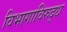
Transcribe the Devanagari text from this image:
विभागाविरुद्ध